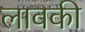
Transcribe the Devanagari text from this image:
लावकी